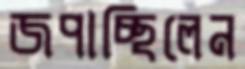
জপাচ্ছিলেন